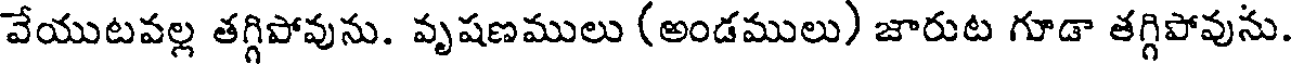
వేయుటవల్ల తగ్గిపోవును. వృషణములు (అండములు) జారుట గూడా తగ్గిపోవును.